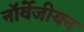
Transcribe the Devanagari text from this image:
नॉर्वेजीयन